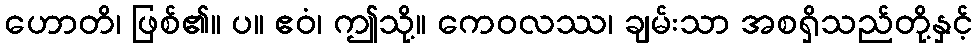
ဟောတိ၊ ဖြစ်၏။ ပ။ ဧဝံ၊ ဤသို့။ ကေဝလဿ၊ ချမ်းသာ အစရှိသည်တို့နှင့်